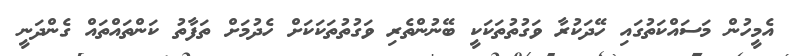
އެމީހުން މަސައްކަތުގައި ހޭދަކުރާ ވަގުތުތަކަކީ ބޭނުންތެރި ވަގުތުތަކަކަށް ހެދުމަށް ތަފާތު ކަންތައްތައް ގެންދަނީ